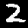
Label: 2